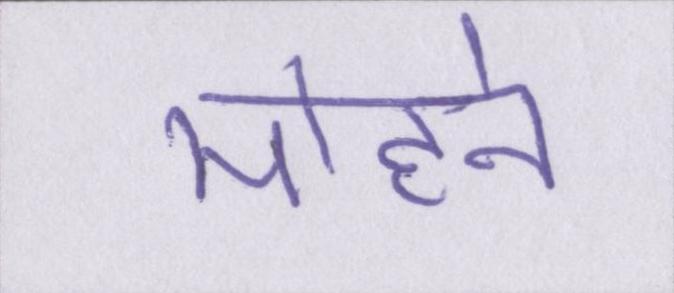
मोहने